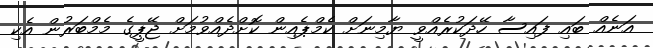
އަނެއް ބައި ފައިސާ ހޭދަކުރެއްވީ ޔާމިނަށް ކެމްޕެއިން ކޮށްދެއްވުމަށް ޖޭޕީގެ މެމްބަރުން އެކި